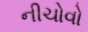
નીચોવો